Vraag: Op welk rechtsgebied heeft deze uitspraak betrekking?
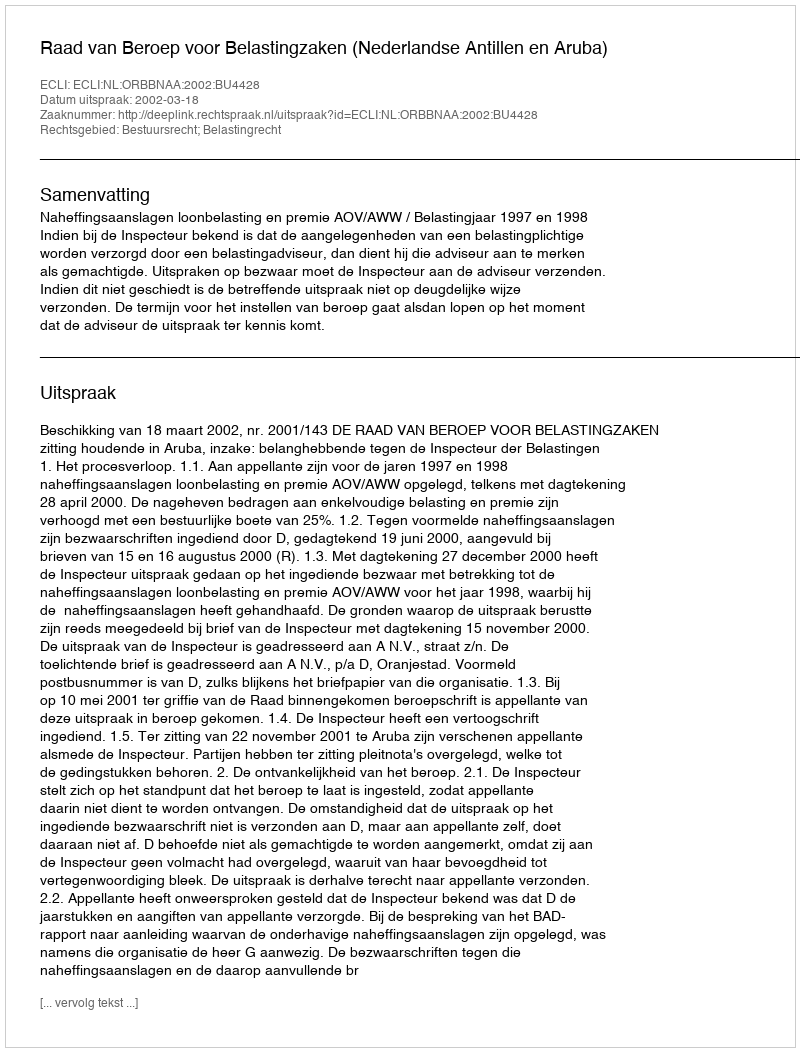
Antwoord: Bestuursrecht; Belastingrecht